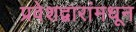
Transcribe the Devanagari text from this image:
प्रवेशद्वारांमधून